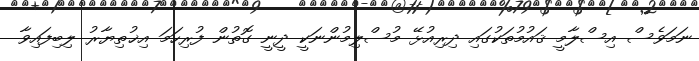
ނަމަވެސް އިސްލާމީ ޤައުމުތަކުގައި ދިރިއުޅޭ މުސްލިމުންނަކީ ދީނީ ގޮތުން ފުރިހަމަ އިޚުތިޔާރު ލިބިފައިވާ